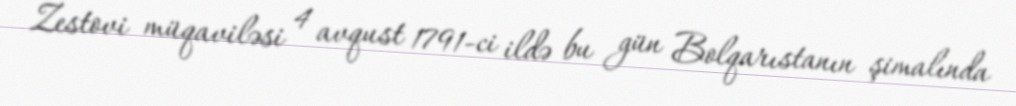
Zestovi müqaviləsi 4 avqust 1791-ci ildə bu gün Bolqarıstanın şimalında